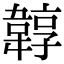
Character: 韕